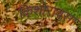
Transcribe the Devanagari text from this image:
किशोरावसा